Scottish Leaving Certificate Examination, 1953
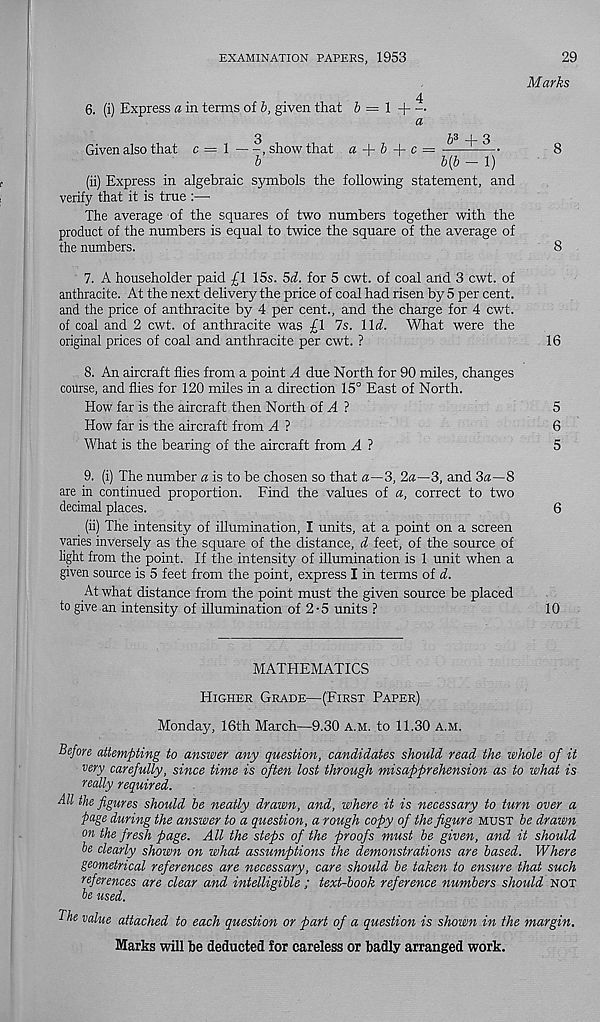
EXAMINATION PAPERS, 1953
29
Marks
4
6. (i) Express a in terms of 6, given that 6 = 1 -|—
a
3
53 _i_ 3
Given also that c = 1
, show that a + 6 + c
8
b
b{b - 1)
(ii) Express in algebraic symbols the following statement, and
verify that it is true :—
The average of the squares of two numbers together with the
product of the numbers is equal to twice the square of the average of
the numbers.
8
7. A householder paid £1 15s. 5d. for 5 cwt. of coal and 3 cwt. of
anthracite. At the next delivery the price of coal had risen by 5 per cent,
and the price of anthracite by 4 per cent., and the charge for 4 cwt.
of coal and 2 cwt. of anthracite was £1 7s. l\d. What were the
original prices of coal and anthracite per cwt. ?
16
8. An aircraft flies from a point A due North for 90 miles, changes
course, and flies for 120 miles in a direction 15° East of North.
How far is the aircraft then North of H ?
5
How far is the aircraft from H ?
6
What is the bearing of the aircraft from A1
5
9. (i) The number a is to be chosen so that a—3, 2a—3, and 3a—8
are in continued proportion. Find the values of a, correct to two
decimal places.
6
(ii) The intensity of illumination, I units, at a point on a screen
varies inversely as the square of the distance, d feet, of the source of
light from the point. If the intensity of illumination is 1 unit when a
given source is 5 feet from the point, express I in terms of d.
At what distance from the point must the given source be placed
to give an intensity of illumination of 2-5 units ?
10
MATHEMATICS
Higher Grade—(First Paper)
Monday, 16th March—9.30 a.m. to 11.30 a.m.
Before attempting to answer any question, candidates should read the whole of it
very carefully, since time is often lost through misapprehension as to what is
really required.
All the figures should be neatly drawn, and, where it is necessary to turn over a
page during the answer to a question, a rough copy of the figure must be drawn
on the fresh page. All the steps of the proofs must be given, and it should
be clearly shown on what assumptions the demonstrations are based. Where
geometrical references are necessary, care should be taken to ensure that such
references are clear and intelligible ; text-book reference numbers shoidd not
be used.
The value attached to each question or part of a question is shown in the margin.
Marks will be deducted for careless or badly arranged work.